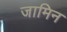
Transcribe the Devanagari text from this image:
जामिन